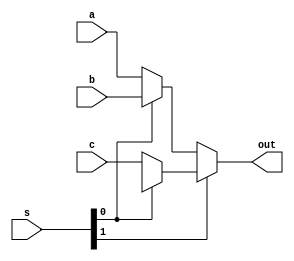
module MUX_3(
    input [63:0] a,
    input [63:0] b,
    input [63:0] c,
    input [1:0] s,
    output [63:0] out
);
assign out = s[1]?(s[0]?64'bx:c):(s[0]?b:a);

endmodule